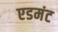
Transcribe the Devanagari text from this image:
एडमंट